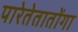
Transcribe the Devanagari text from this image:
पारेतेतातोंगा